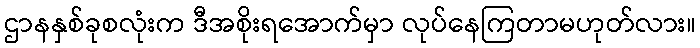
ဌာနနှစ်ခုစလုံးက ဒီအစိုးရအောက်မှာ လုပ်နေကြတာမဟုတ်လား။